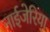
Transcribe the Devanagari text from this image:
नाईजेरिया